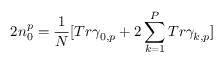
2 n _ { 0 } ^ { p } = \frac { 1 } N [ T r \gamma _ { 0 , p } + 2 \sum _ { k = 1 } ^ { P } T r \gamma _ { k , p } ]